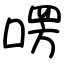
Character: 㗄